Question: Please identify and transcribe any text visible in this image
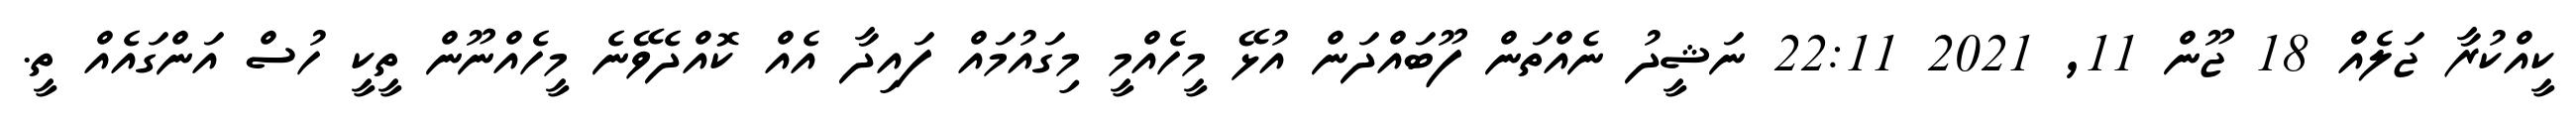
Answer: ކީއްކުރާ ޖަލެއް 18 ޖޫން 11, 2021 22:11 ނަޝީދު ނެއްތަން ފޫބައްދަން އުޅޭ މީހެއްމީ މިގައުމައް ފައިދާ އެއް ކޮއްދެވޭނެ މީހެއްނޫން ތީކީ ހުސް އަންގައެއް ތީ.